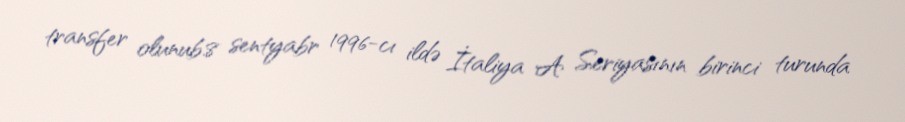
transfer olunub.8 sentyabr 1996-cı ildə İtaliya A Seriyasının birinci turunda